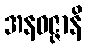
အနဝဇ္ဇာနိ